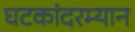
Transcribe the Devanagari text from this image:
घटकांदरम्यान